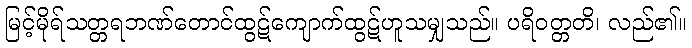
မြင့်မိုရ်သတ္တရဘဏ်တောင်ထွဋ်ကျောက်ထွဋ်ဟူသမျှသည်။ ပရိဝတ္တတိ၊ လည်၏။